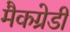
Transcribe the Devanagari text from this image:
मैकग्रेडी